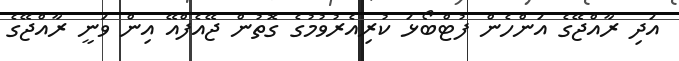
އަދި ރާއްޖޭގެ އަންހެން ފުޓްބޯޅަ ކުރިއެރުވުމުގެ ގޮތުން ޖޭއެފްއޭ އިން ވަނީ ރާއްޖޭގެ